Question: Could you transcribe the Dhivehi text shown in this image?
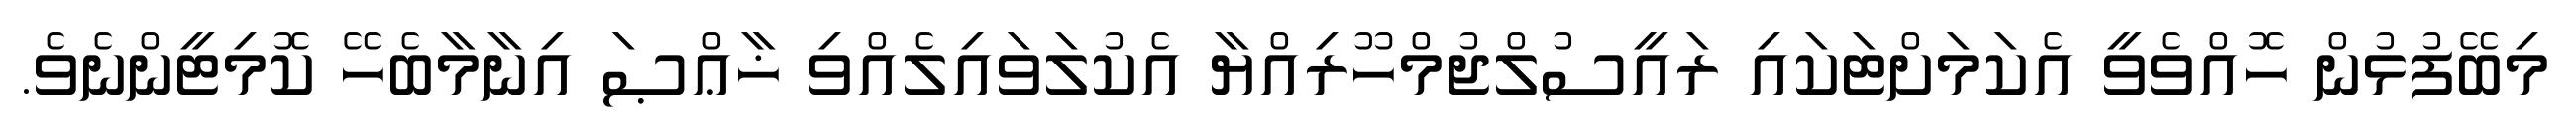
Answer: މިބޭފުޅުން ހޮއްވެވީ އެކަމަށްޓަކައި ރައީސުލްޖުމްހޫރިއްޔާ އެކުލަވައިލެއްވި ޚާޢްޞަ އިނާމާބެހޭ ކޮމިޓީންނެވެ.